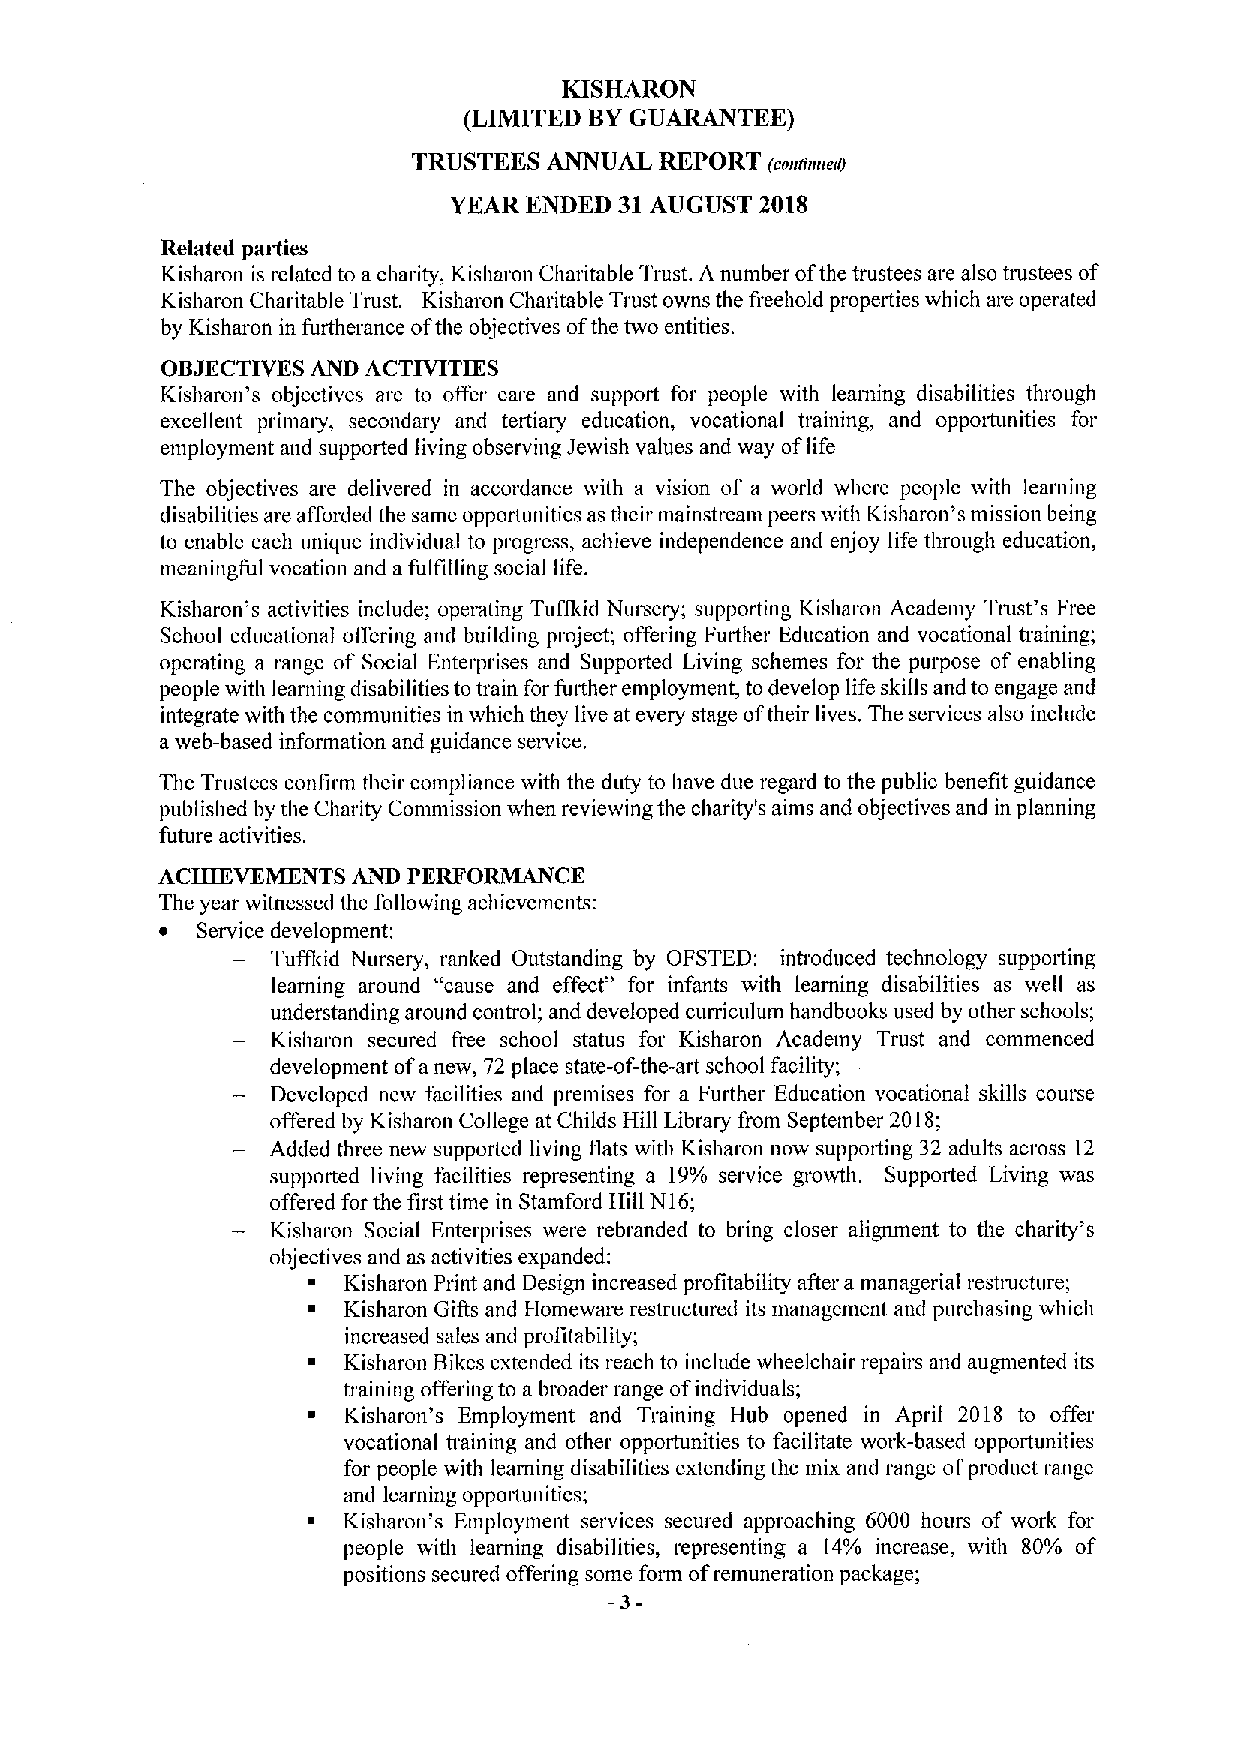
KISHARON
 (LIMITED BYGUARANTEE)
 TRUSTEES ANNUAL  REPORT (coaaaae(l)
 YEAR ENDED 31AUGUST 2018
 Related pai&les
 Kisharon is related to a charity, Kisharon Charitable Trust. A number ofthe trustees are also tmstees of
 Kisharon Charitable Trust. Kisharon Charitable Trust owns the fieehold properties which are operated
 by Kisharon in furtherance ofthe objectives ofthe two entities.
 OBJECTIVES AND ACTIVITIES
 Kisharon's objectives are to offer care and support for people with leaniing disabilities through
 excellent primary, secondary and tertiary education, vocational training, and oppottunities for
 employment and supported living observing Jewish values and way oflife
 The objectives are delivered in accordance with a vision of a world where people with learning
 disabilities are afforded the same opporhmities as their mainstream peers with Kisharon's mission being
 to enable each unique individual to progress, achieve independence and enjoy life through education,
 meaningful vocation and afulfilling social life.
 Kisharon's activities include; opeiating Tufflcid Numeiy; supporting Kisharon Academy Trust's Free
 School educational offering and building project; offering Further Education and vocational training;
 operating a range of Social Enterprises and Supported Living schemes for the purpose of enabling
 people with learning disabilities to train for further employment, to develop life skills and to engage and
 integrate with the communities in which they live at every stage oftheir lives. The services also include
 aweb-based information and guidance seivice.
 The Trustees confirm their compliance with the duty to have due regard to the public benefit guidance
 published by the Charity Commission when reviewing the charity's aims and objectives and in planning
 future activities.
 ACHIEVEMENTS AND PERFORMANCE
 The year witnessed the following achievements:
 ~ Service development;
 Tuffkid Nursery, ranked Outstanding by OFSTED: introduced technology supporting
 learning around "cause and effect" for infants with learning disabilities as well as
 understanding around control; and developed curriculum handbooks used by other schools;
 Kisharon secured free school status for Kisharon Academy Trust and commenced
 development ofa new, 72 place state-of-the-art school facility;
 Developed new facilities and premises for a Further Education vocational skills course
 offered by Kisharon College at Childs Hill Library from September 2018;
 Added three new supported living flats with Kisharon now suppoiting 32 adults across 12
 supported living facilities representing a l9% service growth. Supported Living was
 offered for the first time in Stamford Hil!N16;
 Kisharon Social Enteiprises were rebranded to bring closer alignment to the charity's
 objectives and as activities expanded:
 ~  Kisharon Print and Design increased profitability after a managerial restmcture;
 ~  Kisharon GitIs and Homeware restructured its management and purchasing which
 increased sales and profitability;
 ~  Kisharon Hikes extended its reach to include wheelchair repairs and augmented its
 training offering to a broader range ofindividuals;
 ~  Kisharon's Employment and Training Hub opened in April 2018 to offer
 vocational training and other opportunities to facilitate work-based opportunities
 for people with learning disabilities extending the mix and range ofproduct range
 and learning opportunities;
 ~  Kisharon's Employment services secured approaching 6000 hours of work for
 people with learning disabilities, representing a 14% increase, with 80% of
 positions secured offering some form ofremuneration package;
 -3-